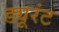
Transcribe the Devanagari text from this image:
ड्यूरंट